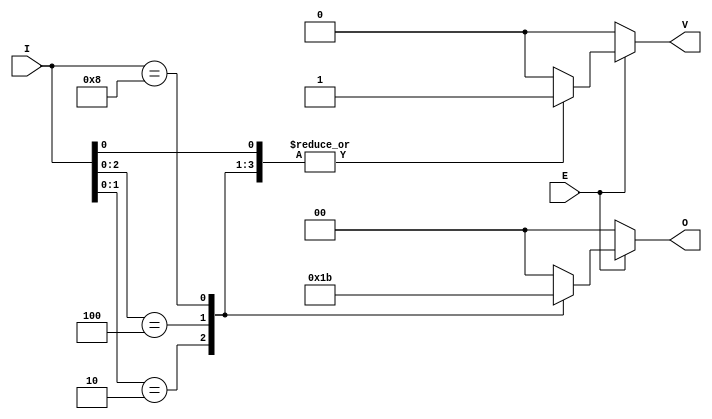
module dual_priority_encoder (
    input wire [n-1:0] I,   // n active input signals
    input wire E,           // Enable signal
    output reg [1:0] O,     // 2-bit binary output for index
    output reg V            // Valid signal
);
    parameter n = 4; // Define the number of inputs

    always @(*) begin
        // Default values
        O = 2'b00;
        V = 1'b0;

        if (E) begin
            casez (I) // casez allows for don't care conditions
                4'b???1: begin
                    O = 2'b00; // I0 is highest priority
                    V = 1'b1;
                end
                4'b??10: begin
                    O = 2'b01; // I1 is highest priority
                    V = 1'b1;
                end
                4'b?100: begin
                    O = 2'b10; // I2 is highest priority
                    V = 1'b1;
                end
                4'b1000: begin
                    O = 2'b11; // I3 is highest priority
                    V = 1'b1;
                end
                default: begin
                    O = 2'b00; // Default case for input combination where all are inactive
                    V = 1'b0;  // No valid input
                end
            endcase
        end
    end
endmodule